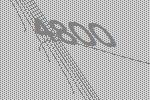
4800